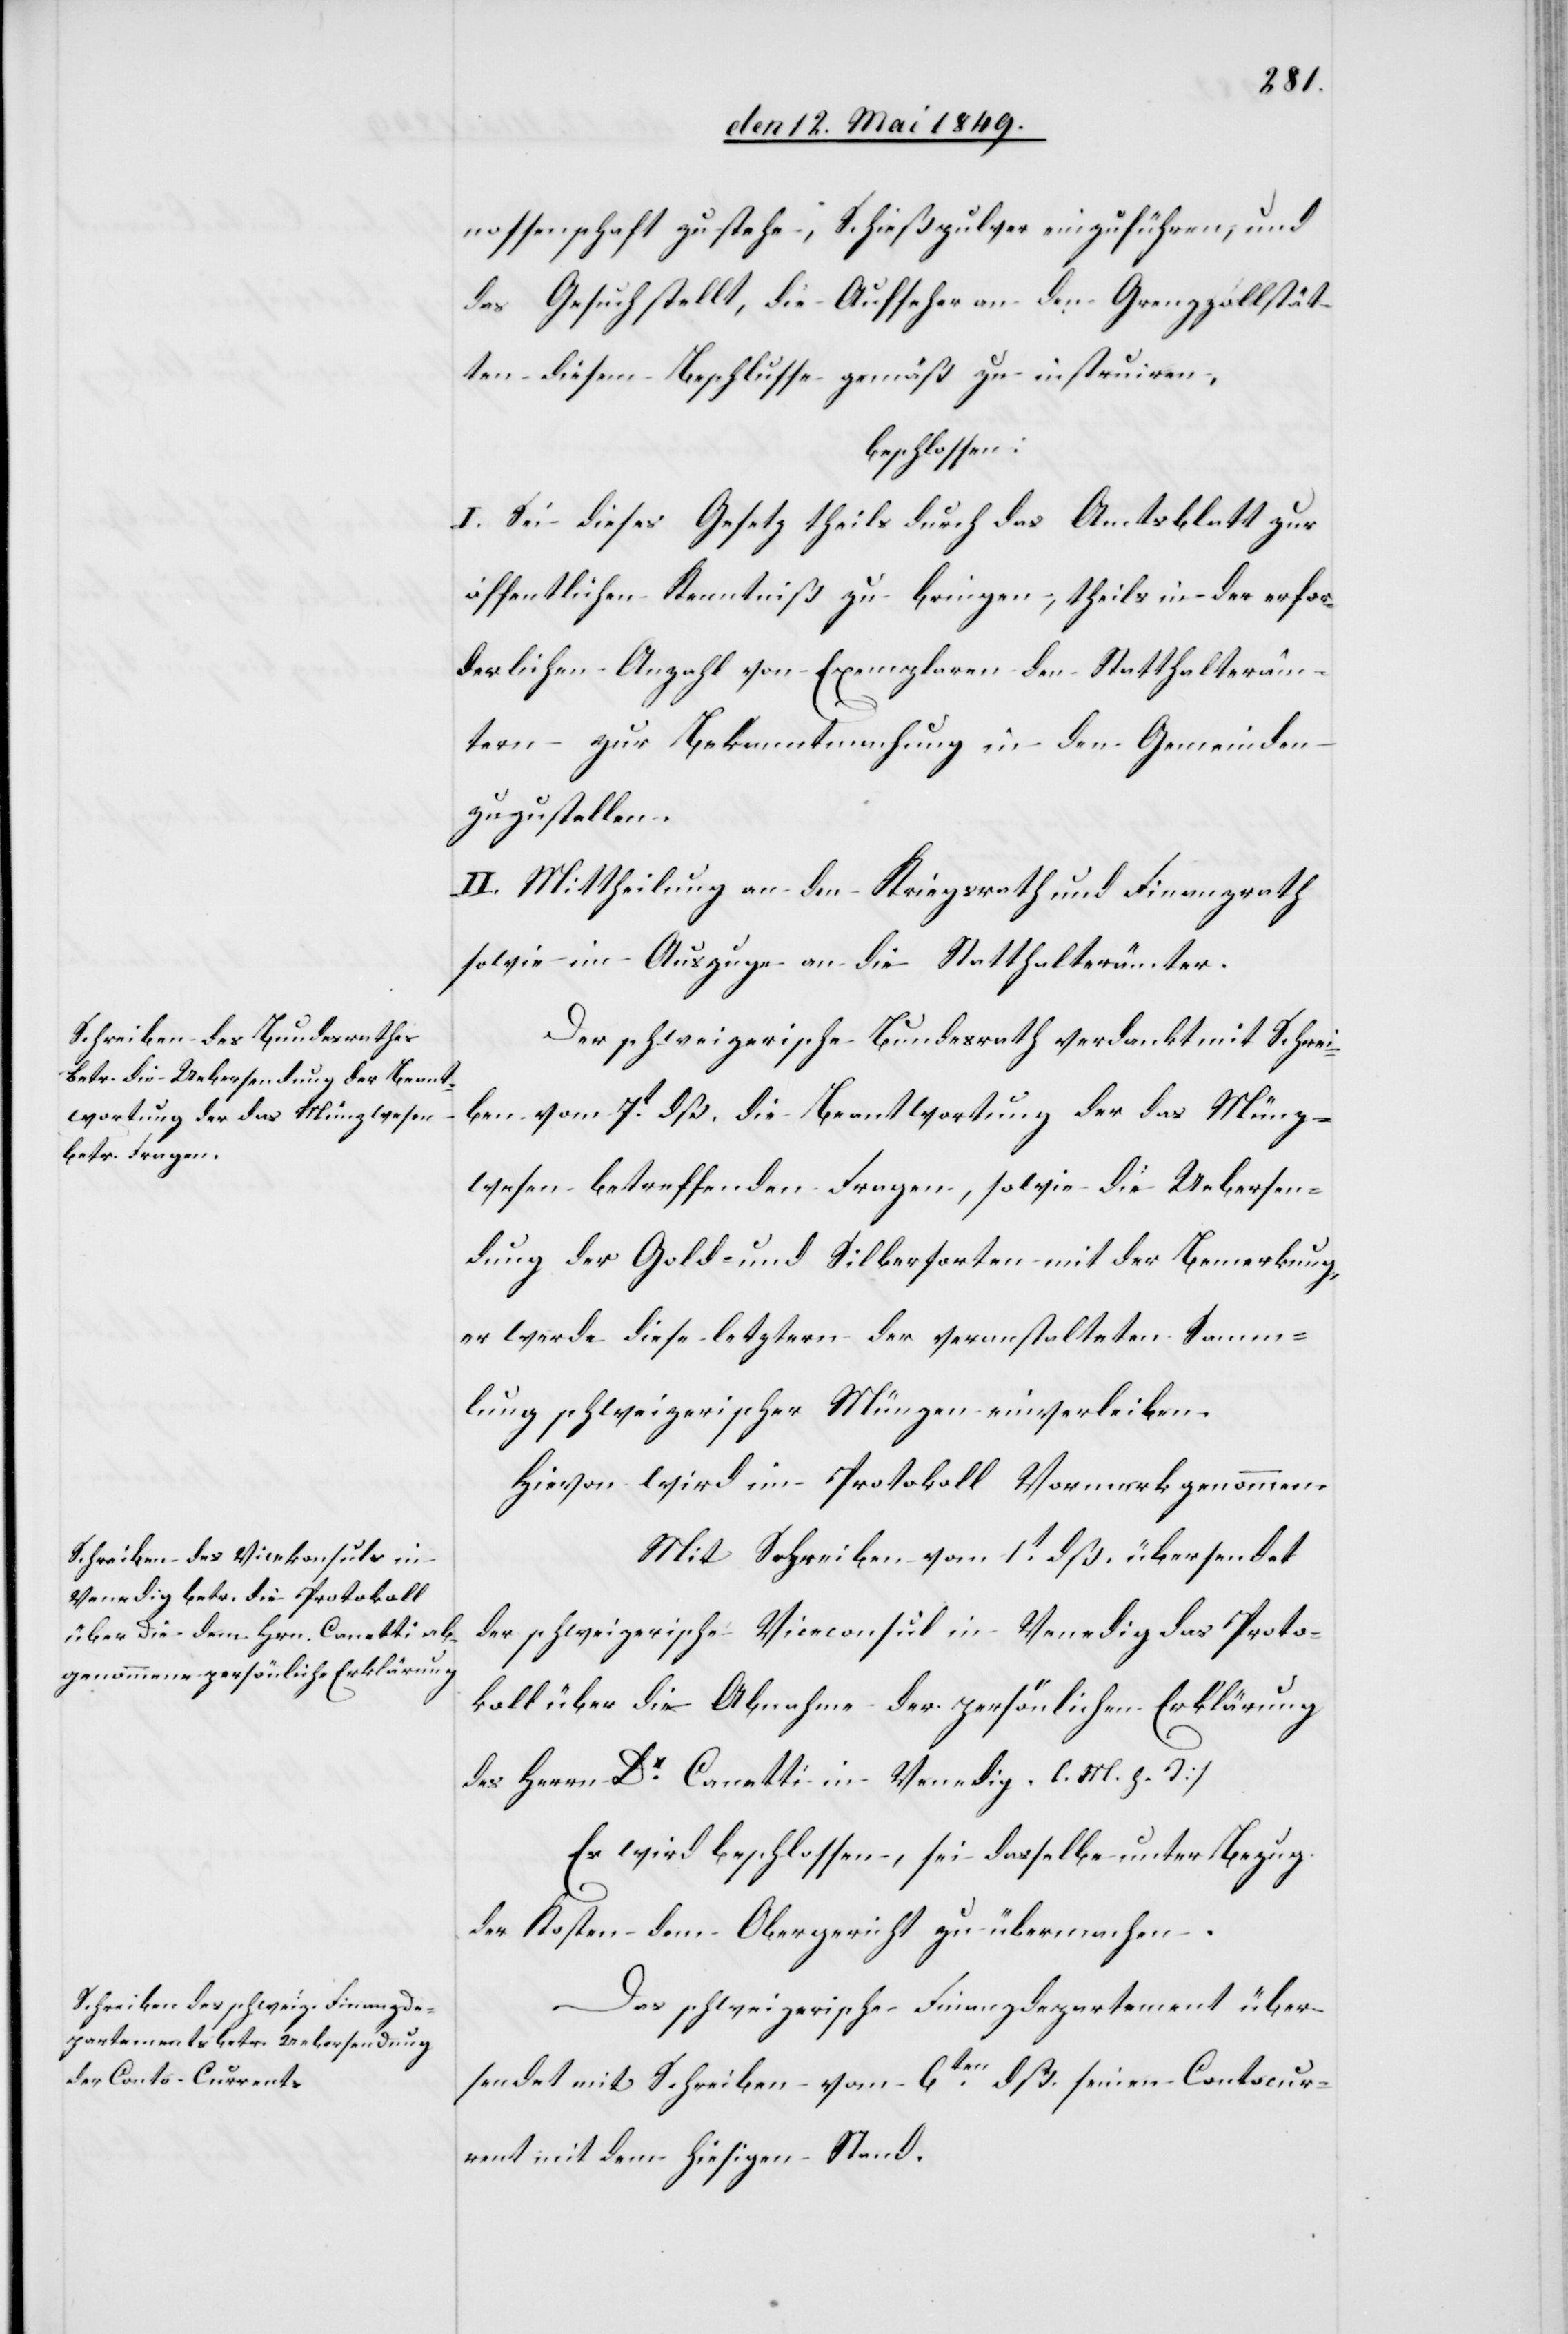
nossenschaft zustehe, Schießpulver einzuführen, und
das Gesuch stellt, die Aufseher an den Grenzzollstät¬
ten diesem Beschlusse gemäß zu instruiren,
beschlossen:
I. Sei dieses Gesetz theils durch das Amtsblatt zur
öffentlichen Kenntniß zu bringen, theils in der erfor¬
derlichen Anzahl von Exemplaren den Statthalteräm¬
tern zur Bekanntmachung in den Gemeinde
zuzustellen.
II. Mittheilung an den Kriegsrath und Finanzrath
sowie im Auszuge an die Statthalterämter.
Der schweizerische Bundesrath verdankt mit Schrei¬
ben vom 7t dß. die Beantwortung der das Münz¬
wesen betreffenden Fragen, sowie die Uebersen¬
dung der Gold- und Silbersorten mit der Bemerkung,
er werde diese letztern der veranstalteten Samm¬
lung schweizerischer Münzen einverleiben.
Hievon wird im Protokoll Vormerk genommen.
Mit Schreiben vom 1t dß. übersendet
der schweizerische Viceconsul in Venedig das Proto¬
koll über die Abnahme der persönlichen Erklärung
des Herrn Dr Canetti in Venedig, []l. M. h. T.]
Es wird beschlossen, sei dasselbe unter Bezug
der Kosten dem Obergericht zu übermachen.
Das schweizerische Finanzdepartement über¬
sendet mit Schreiben vom 6ten dß. seinen Contocur¬
rent mit dem hiesigen Stand.